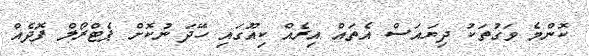
ކޮންމެ ވަގުތަކު ދިޔައަސް އެތައް އިރެއް ކިއޫގައި ހޭދަ ނުކޮށް ޕެޓްރޯލް ފޮދެއް